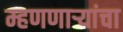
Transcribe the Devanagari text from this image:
म्हणणाऱ्यांचा